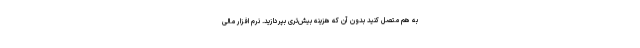
به هم متصل کنید بدون آن که هزینه بیش‌تری بپردازید. نرم افزار مالی